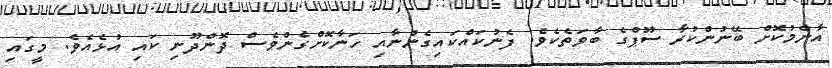
އާންމުކޮށް ބޭނުންކުރާ ސޫޕްގެ ބާވަތެކެވެ. ފެނުކައްކައިގެންނާއި ހަނާކޮށްގެންވެސް ދޮންދޫނި ކައި އުޅެއެވެ. މީގައި